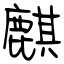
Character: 麒